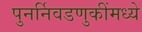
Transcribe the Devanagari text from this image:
पुनर्निवडणुकींमध्ये